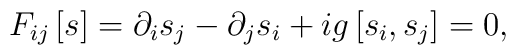
F_{i j}\left[s\right] =\partial_{i}s_{j}-\partial_{j}s_{i}+ig\left[s_{i},s_{j}\right] = 0 ,